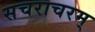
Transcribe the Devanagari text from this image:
सचराचरम्